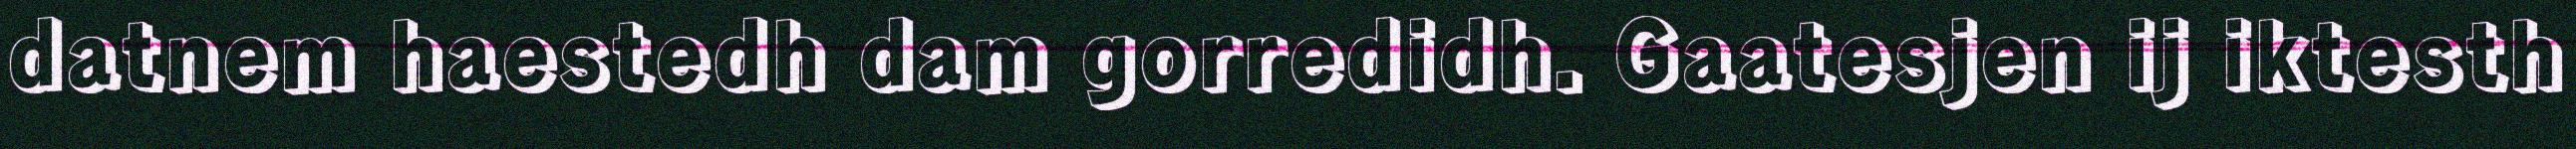
datnem haestedh dam gorredidh. Gaatesjen ij iktesth